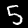
Digit: 5